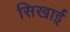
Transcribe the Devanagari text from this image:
सिखाईं